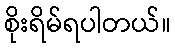
စိုးရိမ်ရပါတယ်။